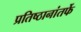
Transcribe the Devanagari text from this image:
प्रतिष्ठानांतर्फे